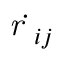
\dot { \textit { r } _ { i j } }